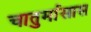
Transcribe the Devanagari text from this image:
चातुर्मासास